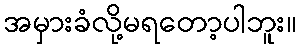
အမှားခံလို့မရတော့ပါဘူး။